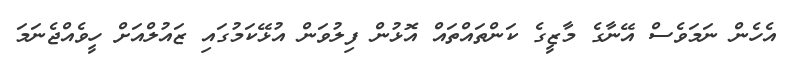
އެހެން ނަމަވެސް އޭނާގެ މާޒީގެ ކަންތައްތައް އޮޅުން ފިލުވަން އުޅޭކަމުގައި ޒައުލްއަށް ހީވެއްޖެނަމަ